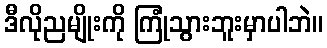
ဒီလိုညမျိုးကို ကြုံသွားဘူးမှာပါဘဲ။